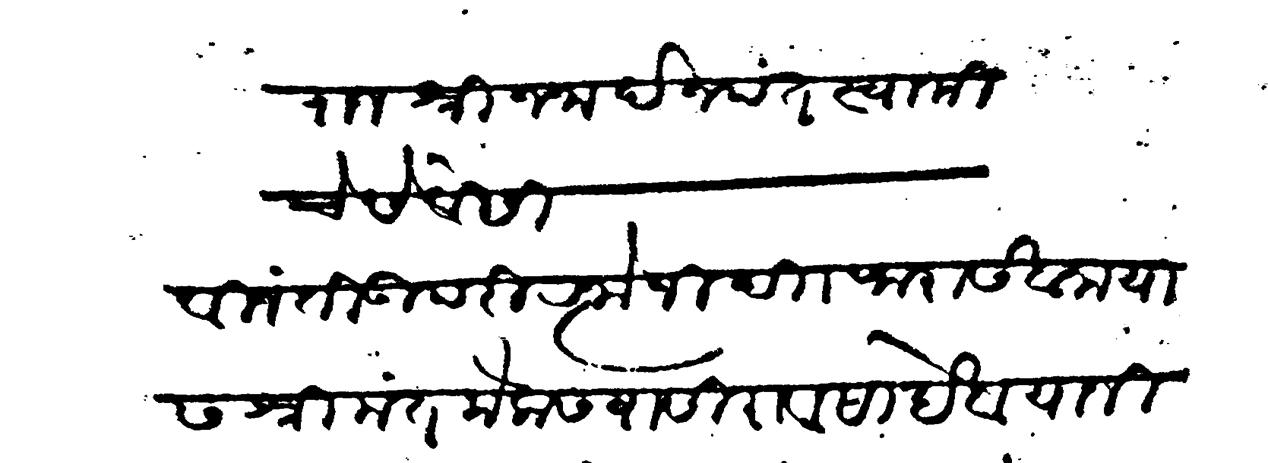
Transliteration (Devanagari): राजश्री जनार्दन पंत स्वामीचे सेवेसी विनंति उपरी रत्नोजी दी। फरासखाना यास श्रीमंत कैलासवासी रावसाहेब यानी